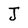
Character: J